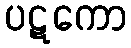
ပဋကော